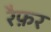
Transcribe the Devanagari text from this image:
रैफ़र